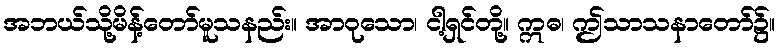
အဘယ်သို့မိန့်တော်မူသနည်း။ အာဝုသော၊ ငါ့ရှင်တို့။ ဣဓ၊ ဤသာသနာတော်၌။